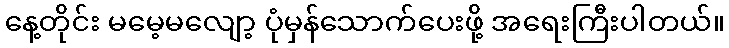
နေ့တိုင်း မမေ့မလျော့ ပုံမှန်သောက်ပေးဖို့ အရေးကြီးပါတယ်။